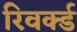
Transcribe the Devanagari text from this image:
रिवर्क्ड